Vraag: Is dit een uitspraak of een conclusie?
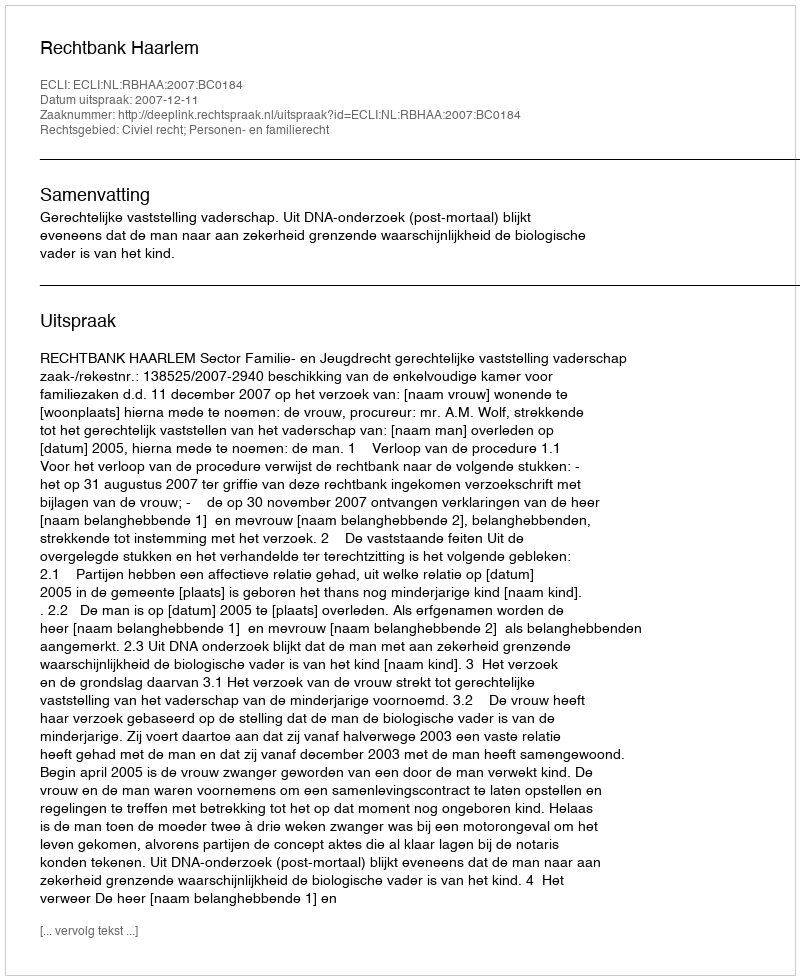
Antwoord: Uitspraak